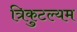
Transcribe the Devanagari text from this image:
त्रिकुटल्यम